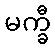
မက္ခီ